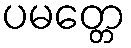
ပမတ္တေ